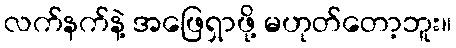
လက်နက်နဲ့ အဖြေရှာဖို့ မဟုတ်တော့ဘူး။